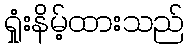
ရှုံးနိမ့်ထားသည်